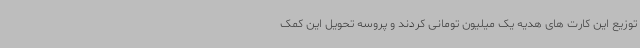
توزیع این کارت های هدیه یک میلیون تومانی کردند و پروسه تحویل این کمک